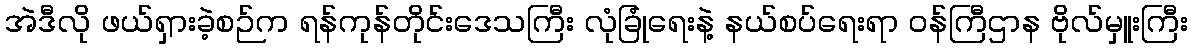
အဲဒီလို ဖယ်ရှားခဲ့စဉ်က ရန်ကုန်တိုင်းဒေသကြီး လုံခြုံရေးနဲ့ နယ်စပ်ရေးရာ ဝန်ကြီဌာန ဗိုလ်မှူးကြီး